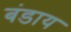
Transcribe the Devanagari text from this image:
बंडाय